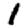
Digit: 1